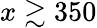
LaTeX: x\gtrsim 350